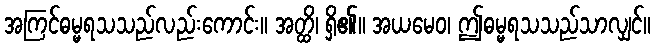
အကြင်ဓမ္မရသသည်လည်းကောင်း။ အတ္ထိ၊ ရှိ၏။ အယမေဝ၊ ဤဓမ္မရသသည်သာလျှင်။